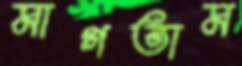
মাগতাম